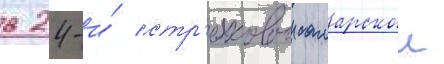
в 24-и́ стр'елковои самарскои